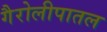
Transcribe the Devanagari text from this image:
गैरोलीपातल